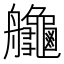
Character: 𦫉